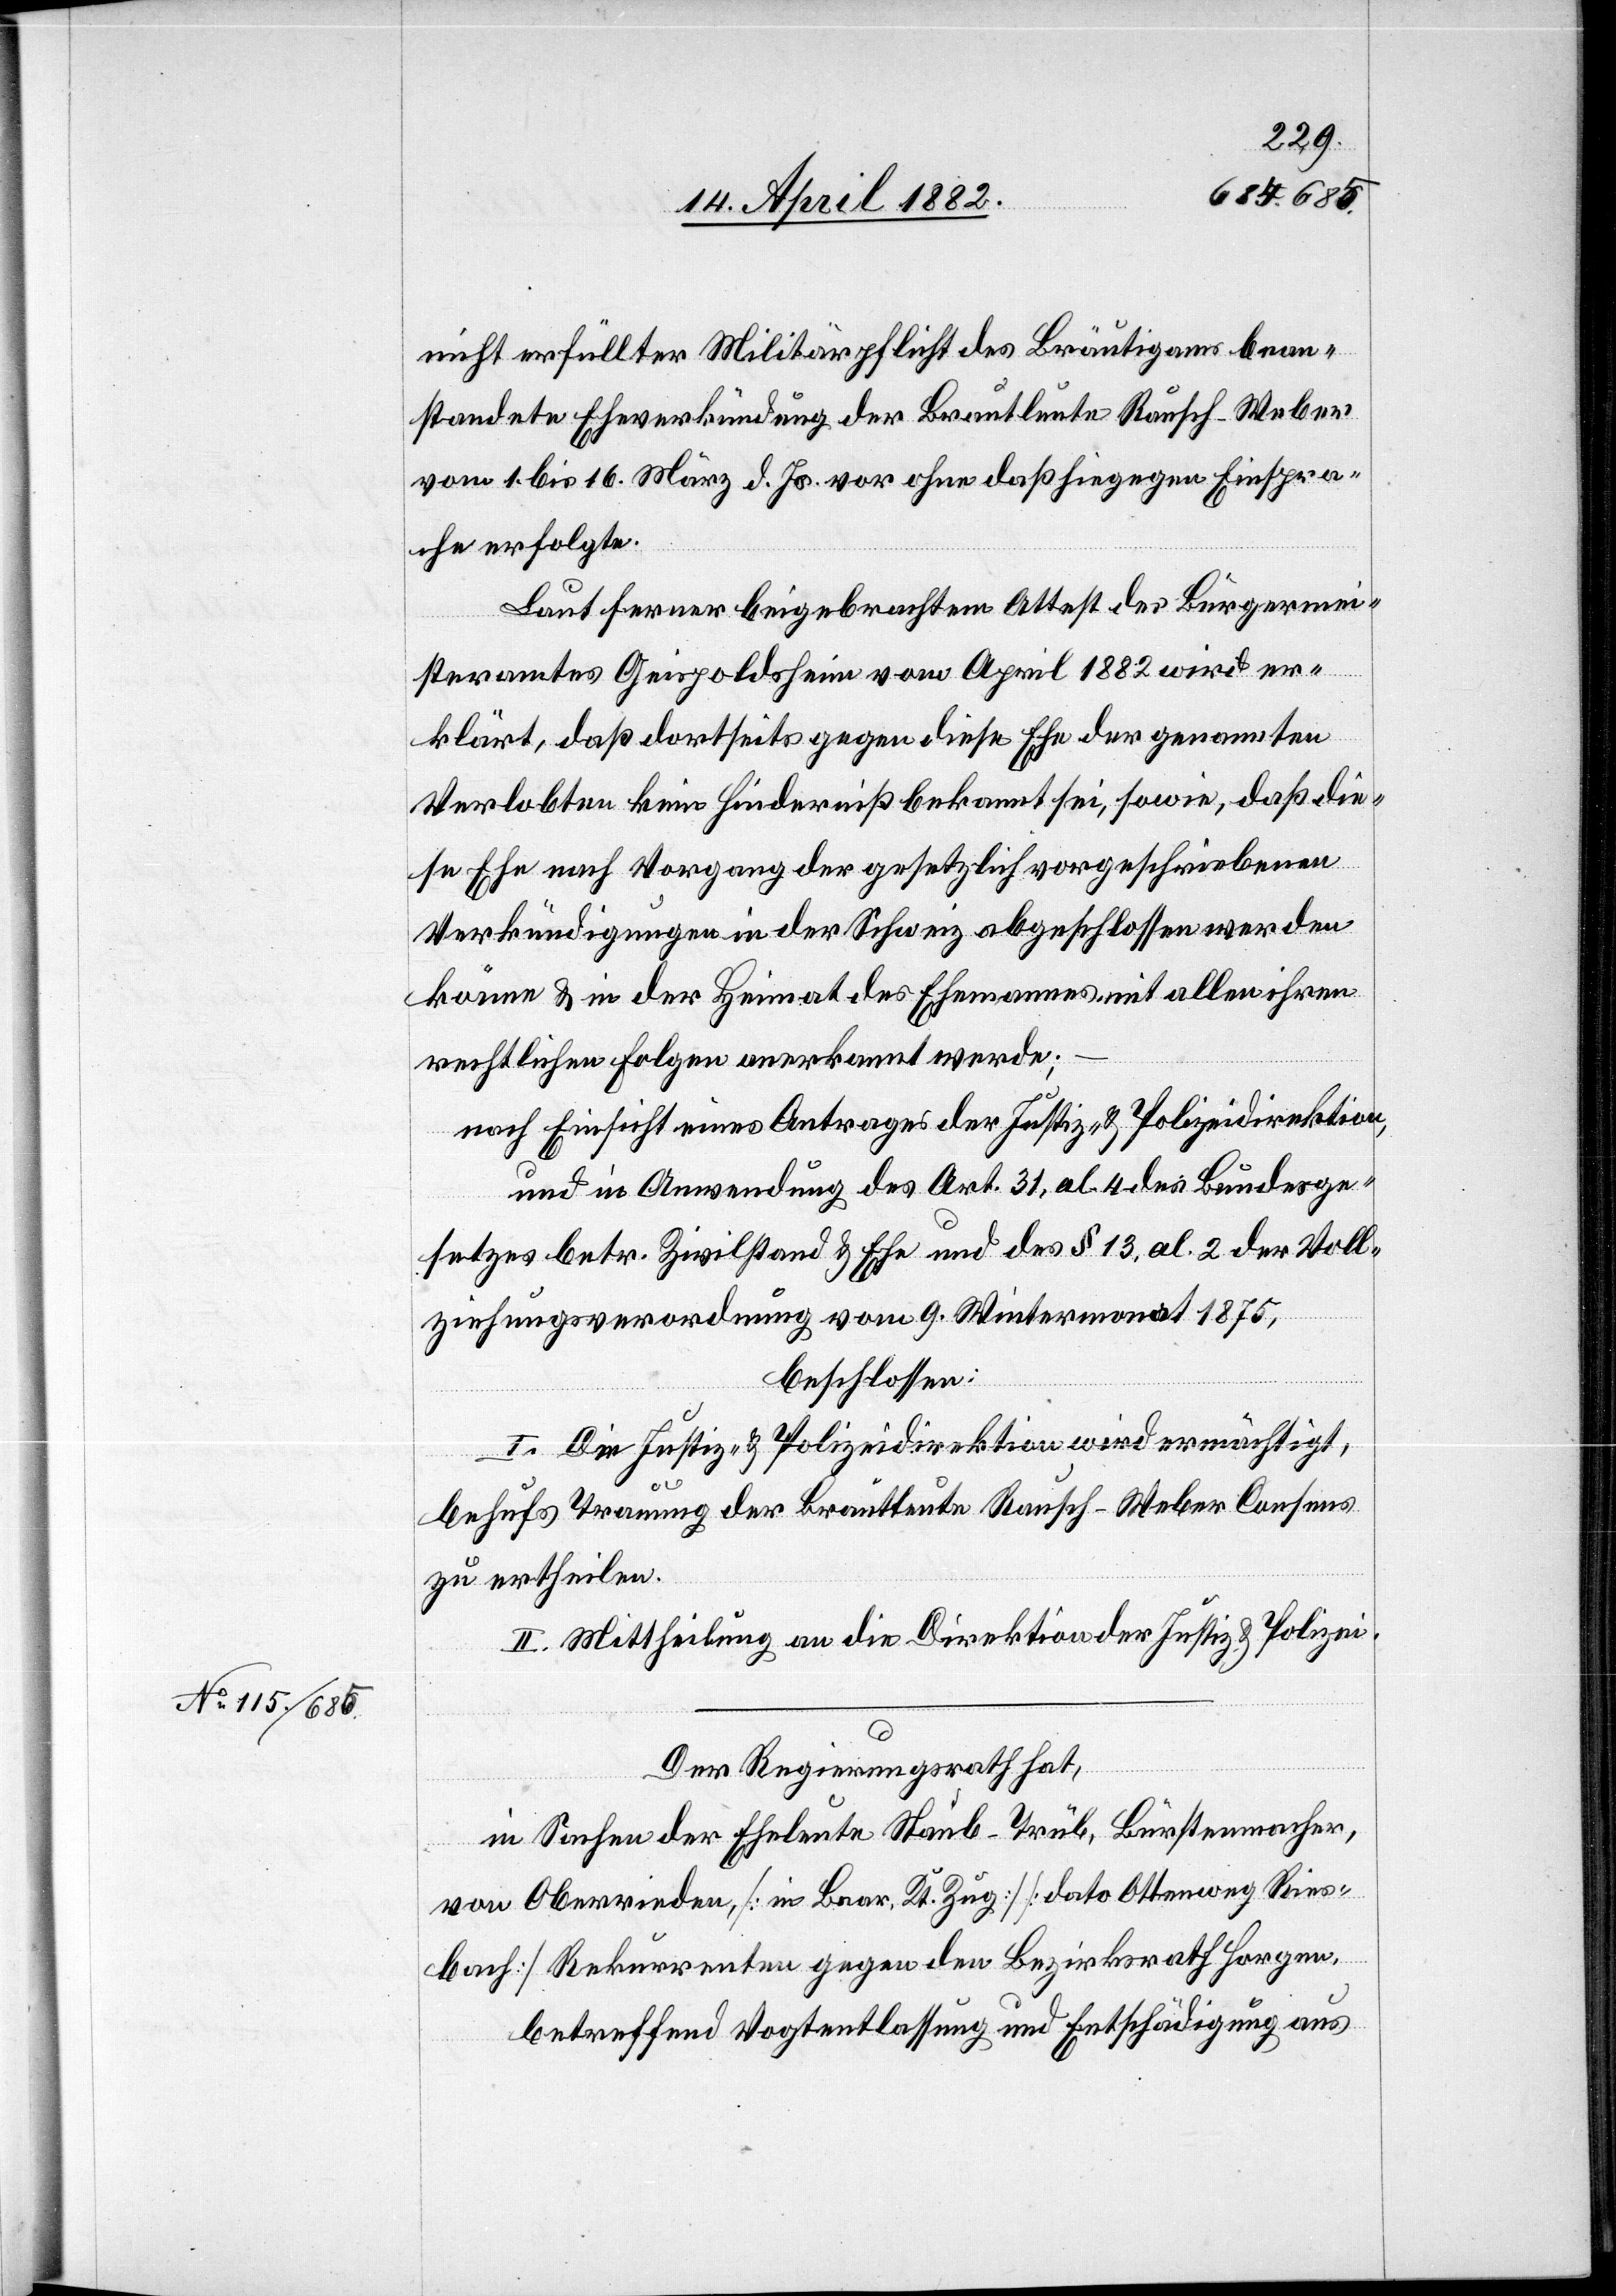
nicht erfüllter Militärpflicht des Bräutigams bean¬
standete Eheverkündung der Brautleute Rausch-Weber
vom 1. bis 16. März d. Js. vor ohne daß hiegegen Einspra¬
che erfolgte.
Laut ferner beigebrachtem Attest des Bürgermei¬
steramtes Geispoldsheim vom April 1882 wird er¬
klärt, daß dortseits gegen diese Ehe der genannten
Verlobten kein Hinderniß bekannt sei, sowie, daß die¬
se Ehe nach Vorgang der gesetzlich vorgeschriebenen
Verkündigungen in der Schweiz abgeschlossen werden
könne & in der Heimat des Ehemannes mit allen ihren
rechtlichen Folgen anerkannt werde;
nach Einsicht eines Antrages der Justiz- & Polizeidirektion,
und in Anwendung des Art. 31, al. 4 des Bundesge¬
setzes betr. Zivilstand & Ehe und des § 13, al. 2 der Voll¬
ziehungsverordnung vom 9. Wintermonat 1875,
beschlossen:
I. Die Justiz- & Polizeidirektion wird ermächtigt,
behufs Trauung der Brautleute Rausch-Weber Consens
zu ertheilen.
II. Mittheilung an die Direktion der Justiz & Polizei.
Der Regierungsrath hat,
in Sachen der Eheleute Staub-Trüb, Bürstenmacher,
von Oberrieden, [in Baar, Kt. Zug] [dato Ottenweg Ries¬
bach] Rekurrenten gegen den Bezirksrath Horgen,
betreffend Vogtentlassung und Entschädigung aus